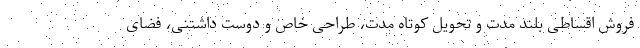
فروش اقساطی بلند مدت و تحویل کوتاه مدت، طراحی خاص و دوست داشتنی، فضای